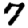
Digit: 7